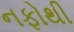
નફોથી